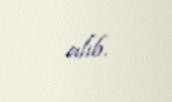
alıb.